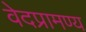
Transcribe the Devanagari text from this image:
वेदप्रामण्य